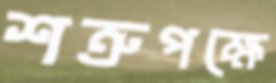
শত্রুপক্ষে